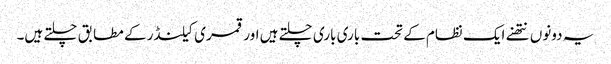
یہ دونوں نتھنے ایک نظام کے تحت باری باری چلتے ہیں اور قمری کیلنڈر کے مطابق چلتے ہیں۔